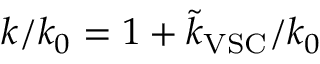
k / k _ { 0 } = 1 + \tilde { k } _ { \mathrm { V S C } } / k _ { 0 }